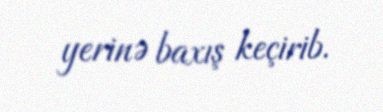
yerinə baxış keçirib.